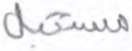
مستقبل